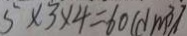
5 \times 3 \times 4 = 6 0 ( d m ^ { 3 } )